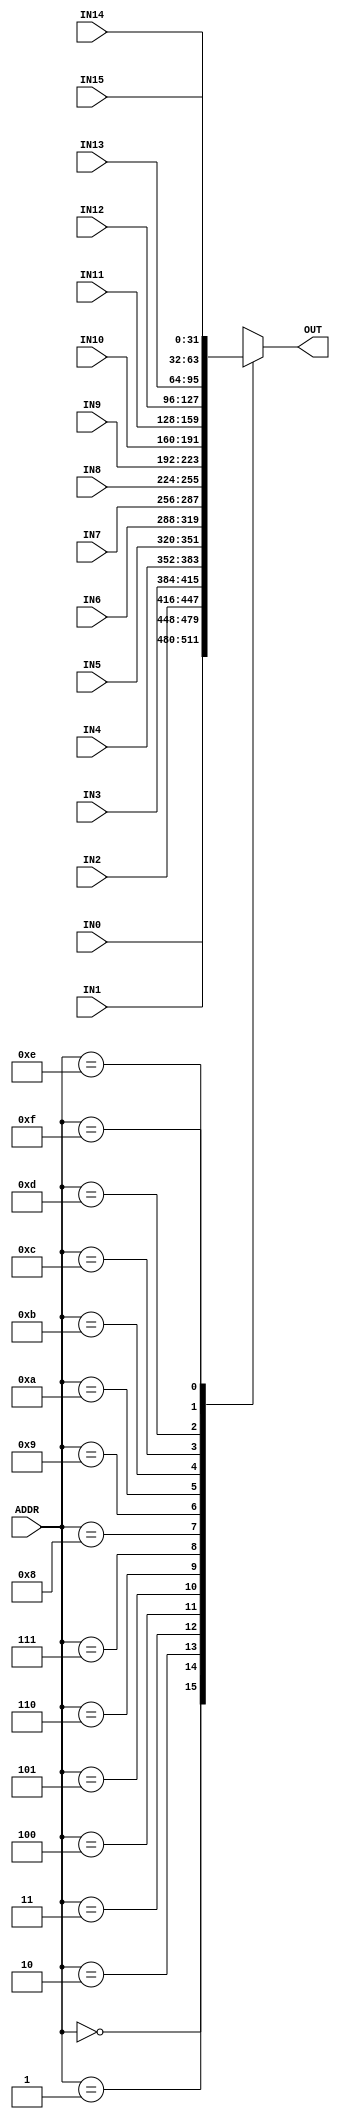
module REGMUX   #(parameter BITWIDTH = 32) (
   input   wire   [3:0]      ADDR,
   input   wire   [BITWIDTH-1:0]   IN0,
   input   wire   [BITWIDTH-1:0]   IN1,
   input   wire   [BITWIDTH-1:0]   IN2,
   input   wire   [BITWIDTH-1:0]   IN3,
   input   wire   [BITWIDTH-1:0]   IN4,
   input   wire   [BITWIDTH-1:0]   IN5,
   input   wire   [BITWIDTH-1:0]   IN6,
   input   wire   [BITWIDTH-1:0]   IN7,
   input   wire   [BITWIDTH-1:0]   IN8,
   input   wire   [BITWIDTH-1:0]   IN9,
   input   wire   [BITWIDTH-1:0]   IN10,
   input   wire   [BITWIDTH-1:0]   IN11,
   input   wire   [BITWIDTH-1:0]   IN12,
   input   wire   [BITWIDTH-1:0]   IN13,
   input   wire   [BITWIDTH-1:0]   IN14,
   input   wire   [BITWIDTH-1:0]   IN15,

   output   reg   [BITWIDTH-1:0]   OUT
);
   always @ (*)
   casex(ADDR)
      4'b0000 : OUT <= IN0;
      4'b0001 : OUT <= IN1;
      4'b0010 : OUT <= IN2;
      4'b0011 : OUT <= IN3;
      4'b0100 : OUT <= IN4;
      4'b0101 : OUT <= IN5;
      4'b0110 : OUT <= IN6;
      4'b0111 : OUT <= IN7;
      4'b1000 : OUT <= IN8;
      4'b1001 : OUT <= IN9;
      4'b1010 : OUT <= IN10;
      4'b1011 : OUT <= IN11;
      4'b1100 : OUT <= IN12;
      4'b1101 : OUT <= IN13;
      4'b1110 : OUT <= IN14;
      4'b1111 : OUT <= IN15;
   endcase
endmodule